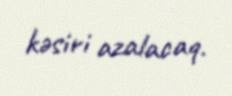
kəsiri azalacaq.